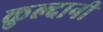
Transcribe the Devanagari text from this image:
कुल्दानी